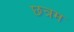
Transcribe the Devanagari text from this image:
छत्रम